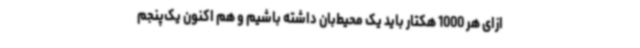
ازای هر 1000 هکتار باید یک محیط‌بان داشته باشیم و هم اکنون یک‌پنجم